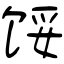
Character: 馁